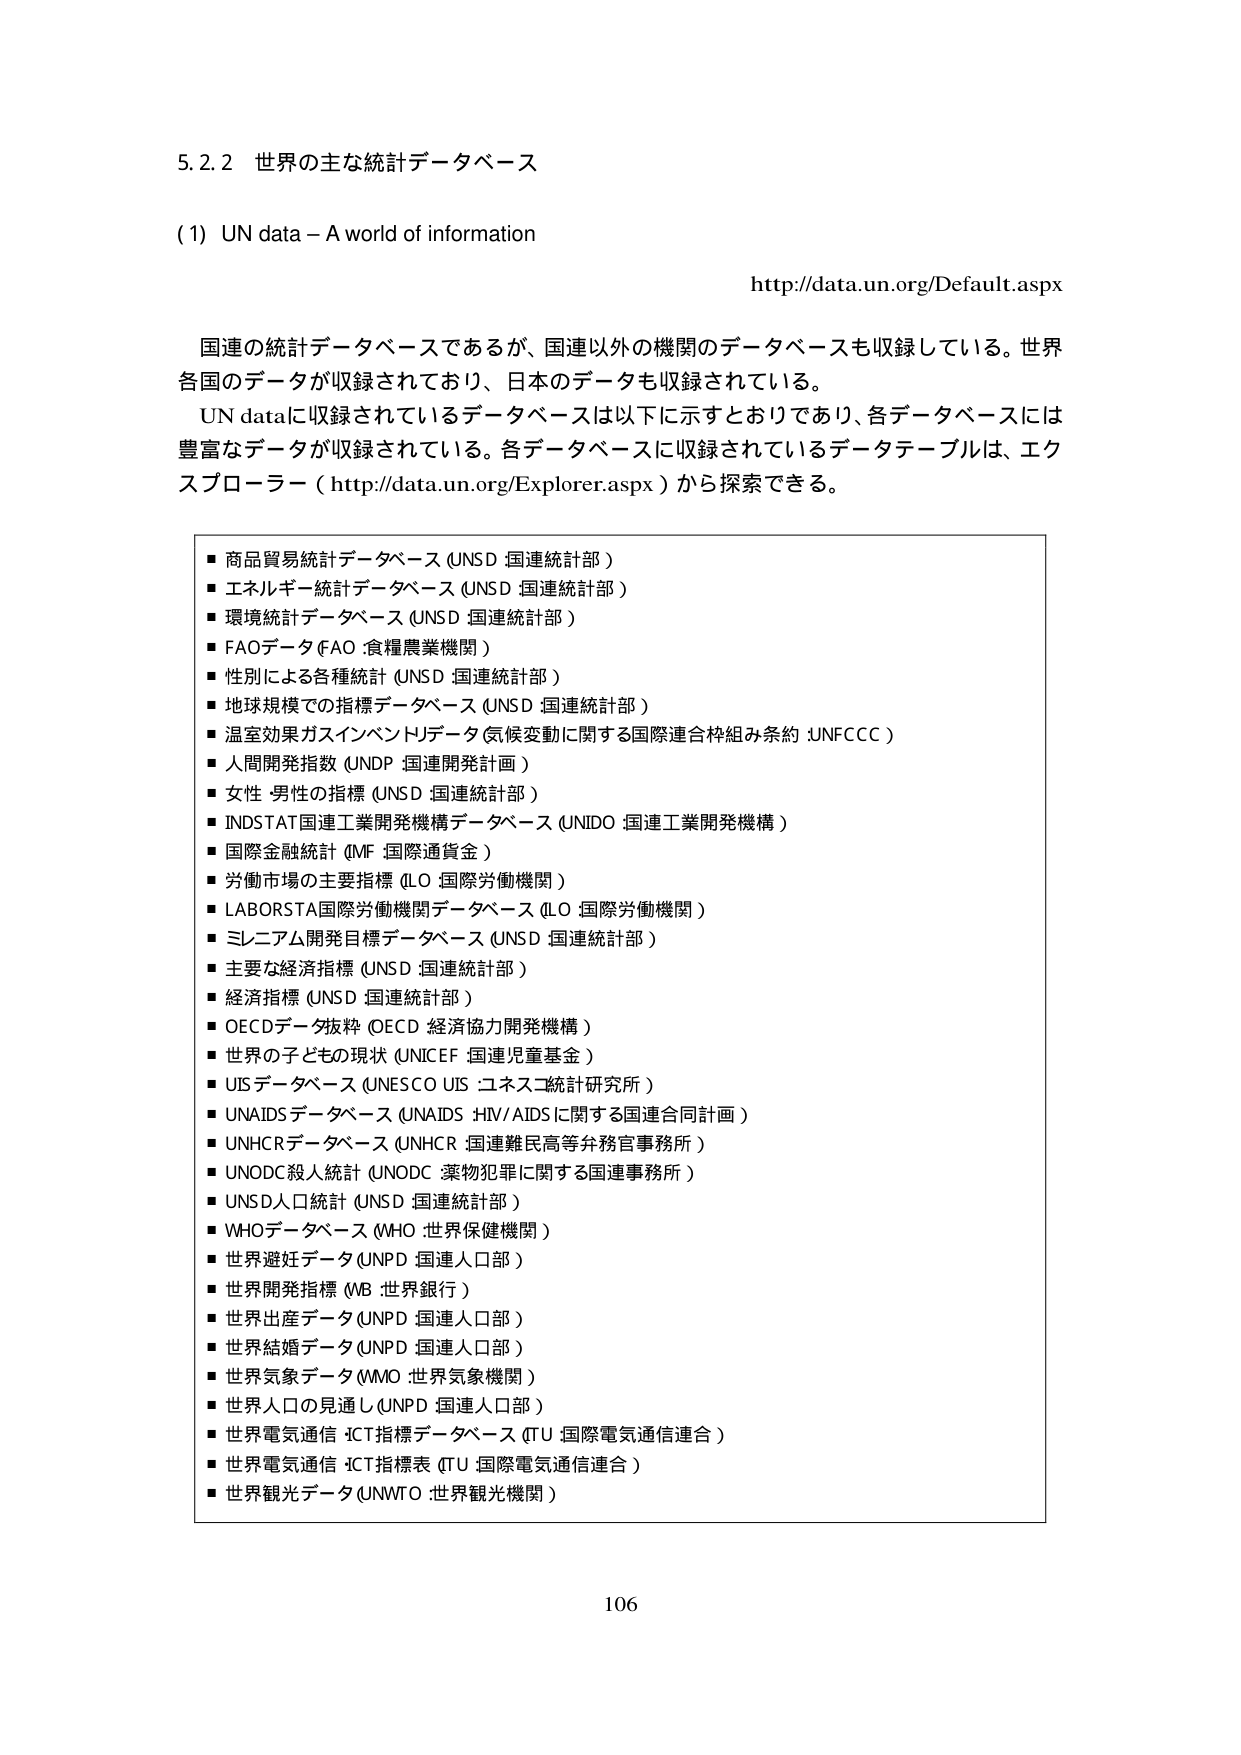
5.2.2 世界の主な統計データベース

(1) UN data – A world of information
http://data.un.org/Default.aspx

国連の統計データベースであるが、国連以外の機関のデータベースも収録している。世界各国のデータが収録されており、日本のデータも収録されている。
UN dataに収録されているデータベースは以下に示すとおりであり、各データベースには豊富なデータが収録されている。各データベースに収録されているデータテーブルは、エクスプローラー（http://data.un.org/Explorer.aspx）から探索できる。

■ 商品貿易統計データベース (UNSD 国連統計部)
■ エネルギー統計データベース (UNSD 国連統計部)
■ 環境統計データベース (UNSD 国連統計部)
■ FAOデータ (FAO 食糧農業機関)
■ 性別による各種統計 (UNSD 国連統計部)
■ 地球規模での指標データベース (UNSD 国連統計部)
■ 温室効果ガスインベントリデータ (気候変動に関する国際連合枠組み条約 UNFCCC)
■ 人間開発指数 (UNDP 国連開発計画)
■ 女性・男性の指標 (UNSD 国連統計部)
■ INDSTAT国連工業開発機構データベース (UNIDO 国連工業開発機構)
■ 国際金融統計 (IMF 国際通貨基金)
■ 労働市場の主要指標 (ILO 国際労働機関)
■ LABORSTA国際労働機関データベース (ILO 国際労働機関)
■ ミレニアム開発目標データベース (UNSD 国連統計部)
■ 主要な経済指標 (UNSD 国連統計部)
■ 経済指標 (UNSD 国連統計部)
■ OECDデータ抜粋 (OECD 経済協力開発機構)
■ 世界の子ども の現状 (UNICEF 国連児童基金)
■ UISデータベース (UNESCO UIS ユネスコ統計研究所)
■ UNAIDSデータベース (UNAIDS HIV/AIDSに関する国連合同計画)
■ UNHCRデータベース (UNHCR 国連難民高等弁務官事務所)
■ UNODC殺人統計 (UNODC 薬物犯罪に関する国連事務所)
■ UNSD人口統計 (UNSD 国連統計部)
■ WHOデータベース (WHO 世界保健機関)
■ 世界避妊データ (UNPD 国連人口部)
■ 世界開発指標 (WB 世界銀行)
■ 世界出産データ (UNPD 国連人口部)
■ 世界結婚データ (UNPD 国連人口部)
■ 世界気象データ (WMO 世界気象機関)
■ 世界人口の見通し (UNPD 国連人口部)
■ 世界電気通信 ICT指標データベース (ITU 国際電気通信連合)
■ 世界電気通信 ICT指標表 (ITU 国際電気通信連合)
■ 世界観光データ (UNWTO 世界観光機関)

106